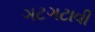
ગટગટાવી